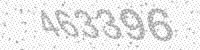
Solution: 463396